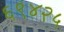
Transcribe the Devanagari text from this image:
६९४२५